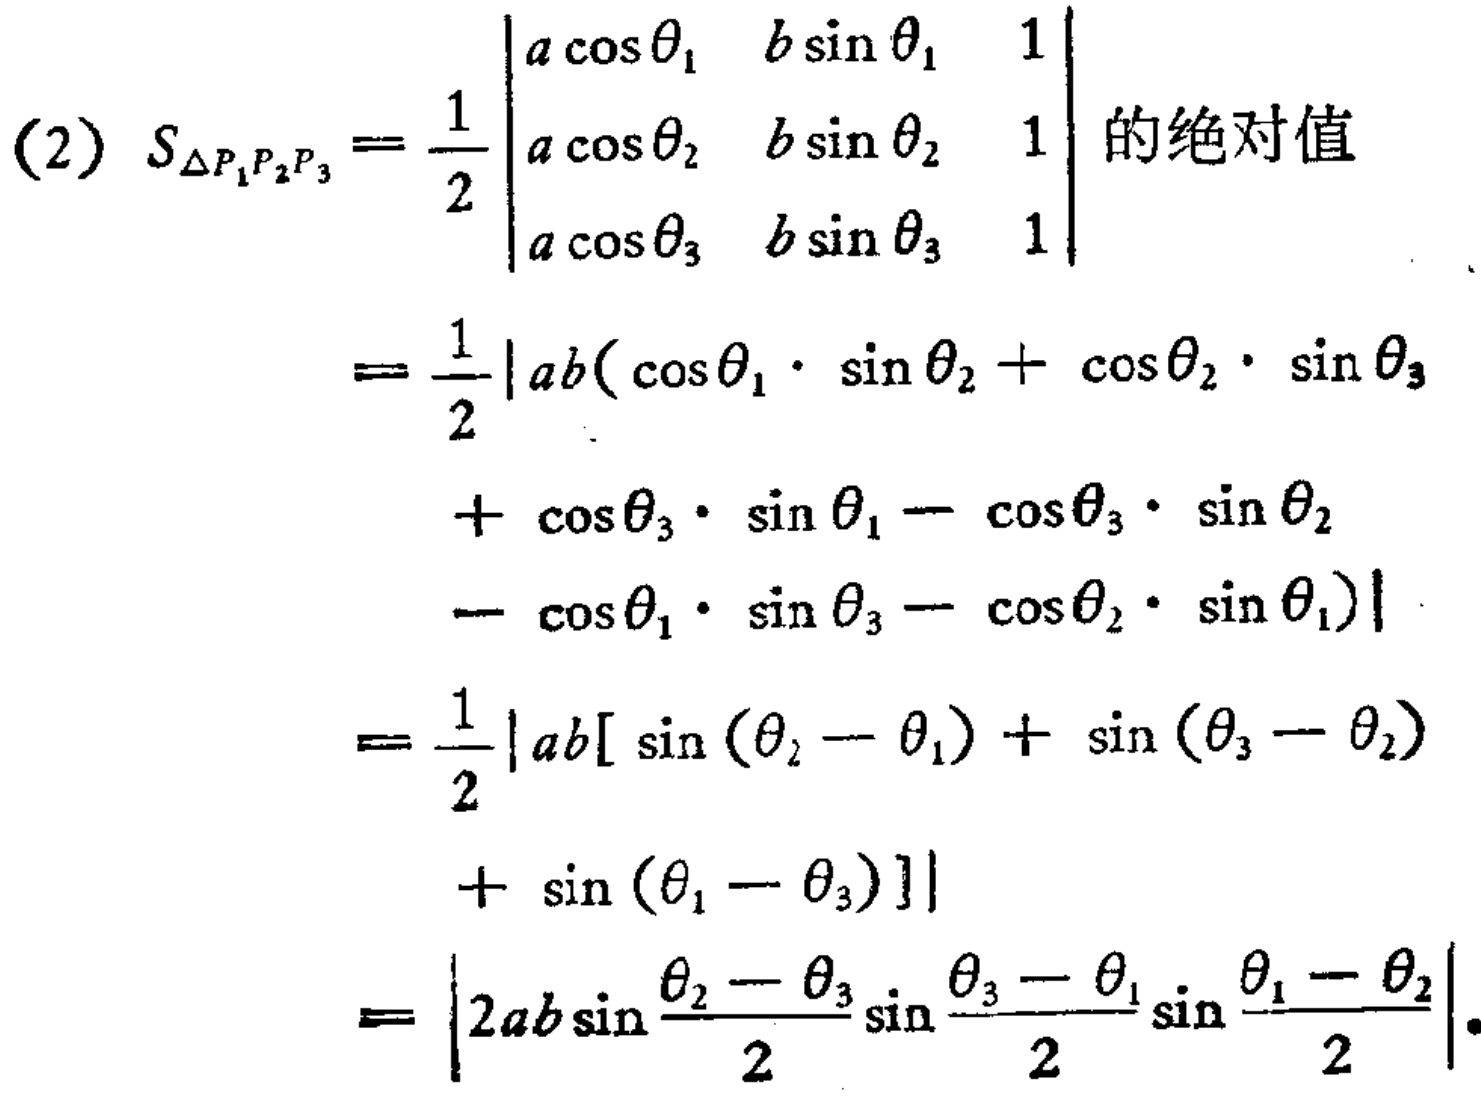
\begin{align*}
(2)\ S_{\triangle P_{1}P_{2}P_{3}}&=\frac{1}{2}\left|\begin{array}{lll}
a\cos\theta_{1}&b\sin\theta_{1}&1\\
a\cos\theta_{2}&b\sin\theta_{2}&1\\
a\cos\theta_{3}&b\sin\theta_{3}&1
\end{array}\right|\text{的绝对值}\\
&=\frac{1}{2}\left|ab(\cos\theta_{1}\cdot\sin\theta_{2}+\cos\theta_{2}\cdot\sin\theta_{3}\right.\\
&\quad+\cos\theta_{3}\cdot\sin\theta_{1}-\cos\theta_{3}\cdot\sin\theta_{2}\\
&\quad\left.-\cos\theta_{1}\cdot\sin\theta_{3}-\cos\theta_{2}\cdot\sin\theta_{1})\right|\\
&=\frac{1}{2}\left|ab[\sin(\theta_{2}-\theta_{1})+\sin(\theta_{3}-\theta_{2})\right.\\
&\quad\left.+\sin(\theta_{1}-\theta_{3})]\right|\\
&=\left|2ab\sin\frac{\theta_{2}-\theta_{3}}{2}\sin\frac{\theta_{3}-\theta_{1}}{2}\sin\frac{\theta_{1}-\theta_{2}}{2}\right|.
\end{align*}